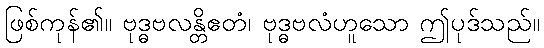
ဖြစ်ကုန်၏။ ဗုဒ္ဓဗလန္တိဧတံ၊ ဗုဒ္ဓဗလံဟူသော ဤပုဒ်သည်။